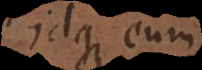
idque eum